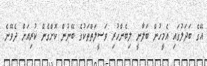
އޭގެ ބަދަލުގައި އެމީހުން ބަލާނީ ލިބެންހުރި ވަސީލަތްތަކުގެ ބޭނުން ކޮށްގެން ކުރިއަށް ދެވޭނެ